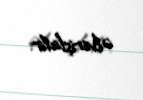
əlverişlidir.